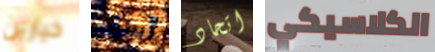
خيارين آسف اتحاد الكلاسيكي